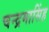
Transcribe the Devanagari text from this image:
चन्द्रमासिंह